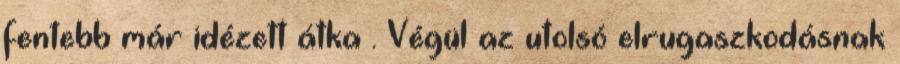
fentebb már idézett átka . Végül az utolsó elrugaszkodásnak